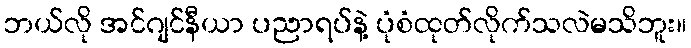
ဘယ်လို အင်ဂျင်နီယာ ပညာရပ်နဲ့ ပုံစံထုတ်လိုက်သလဲမသိဘူး။